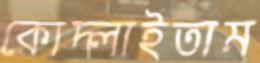
কোদ্‌লাইতাম